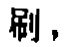
刷，